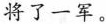
将了一军。